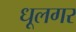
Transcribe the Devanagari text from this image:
धूलगर